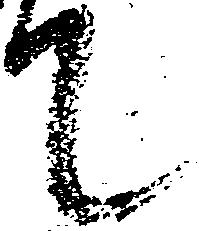
て